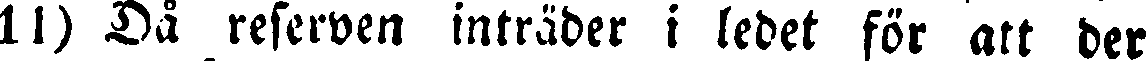
11) Då reserven inträder i ledet för att der